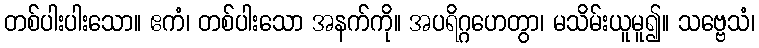
တစ်ပါးပါးသော။ ဧကံ၊ တစ်ပါးသော အနက်ကို။ အပရိဂ္ဂဟေတွာ၊ မသိမ်းယူမူ၍။ သဗ္ဗေသံ၊